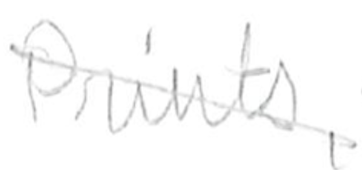
Text: Prints,
Cross-out: diagonal
Writing tool: pencil